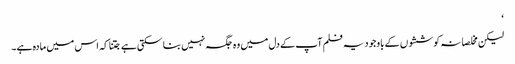
‘
لیکن مخلصانہ کوششوں کے باوجود یہ فلم آپ کے دل میں وہ جگہ نہیں بنا سکتی ہے جتنا کہ اس میں مادہ ہے۔